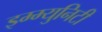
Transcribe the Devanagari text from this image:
इम्म्युनिटी